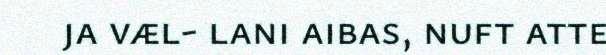
ja væl- lani aibas, nuft atte